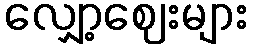
လျှော့ဈေးများ